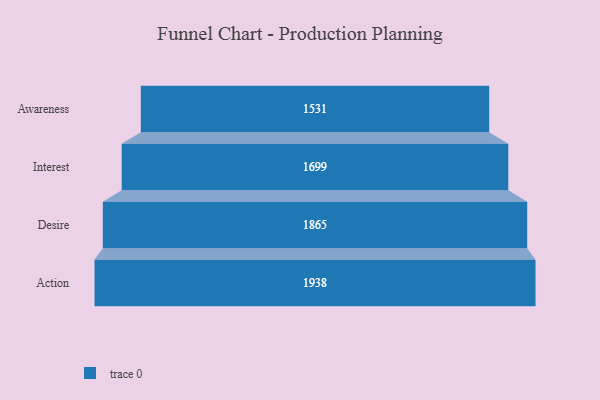
{"axis": {"x": "Stage", "y": "Value"}, "legend": [""], "data": [{"x": "Awareness", "y": 1531.0, "type": ""}, {"x": "Interest", "y": 1699.0, "type": ""}, {"x": "Desire", "y": 1865.0, "type": ""}, {"x": "Action", "y": 1938.0, "type": ""}]}